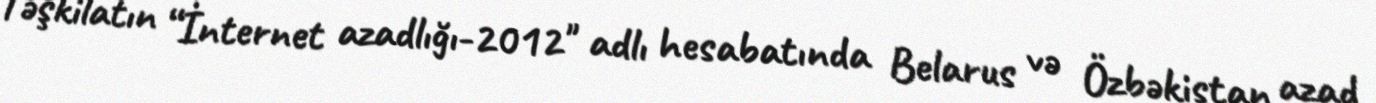
Təşkilatın “İnternet azadlığı-2012" adlı hesabatında Belarus və Özbəkistan azad